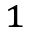
^ 1